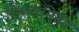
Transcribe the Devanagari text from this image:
तिरुवनिका